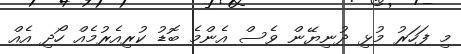
މި ފަހަރު މުޅި ދުނިޔޭން ވެސް އެންމެ ބޮޑު ކުރިއެރުމެެއް ހޯދި އެއް